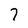
Character: 7